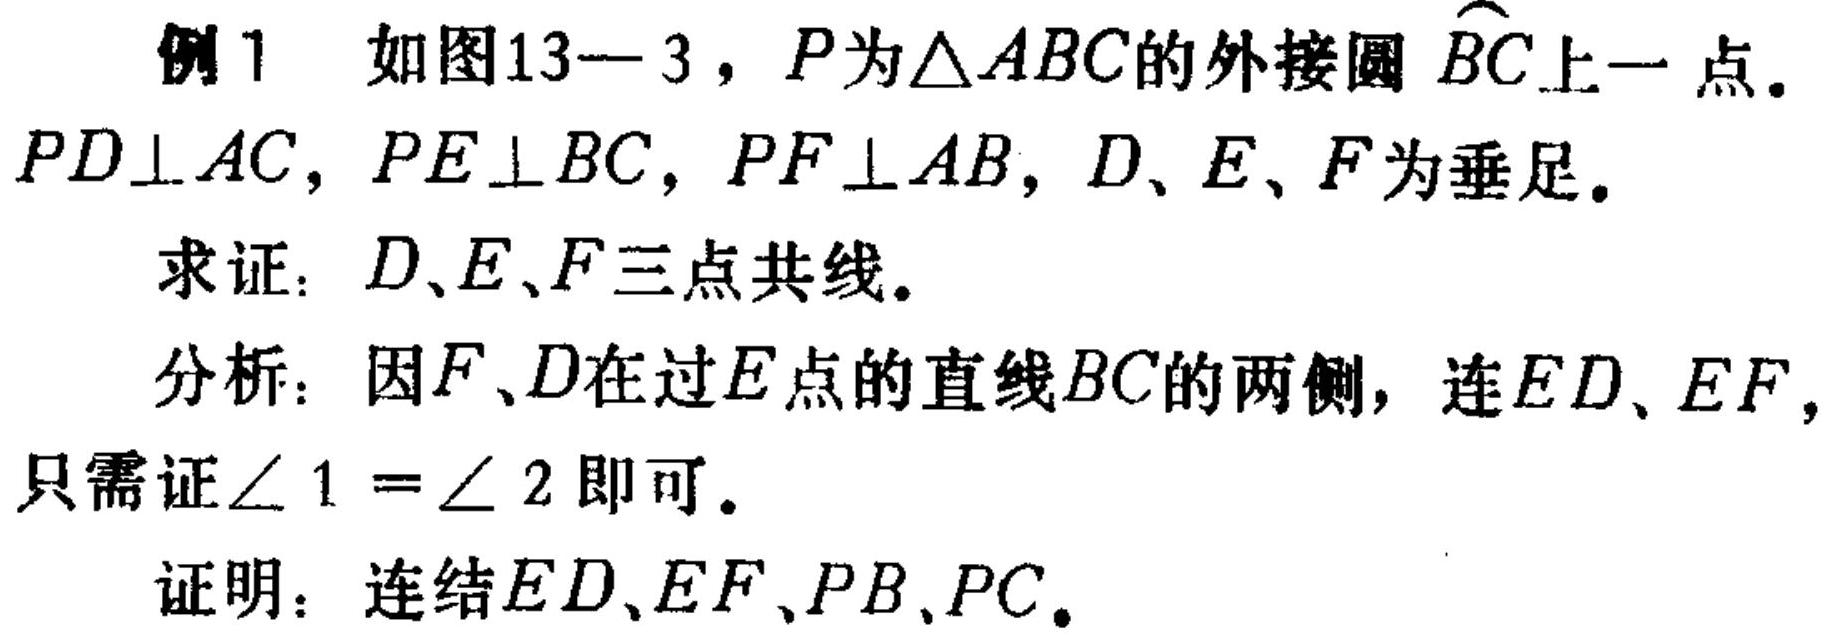
例1 如图13—3，\(P\)为\(\triangle ABC\)的外接圆\(\overset{\frown}{BC}\)上一点。\(PD\perp AC\)，\(PE\perp BC\)，\(PF\perp AB\)，\(D\)、\(E\)、\(F\)为垂足。

求证：\(D\)、\(E\)、\(F\)三点共线。

分析：因\(F\)、\(D\)在过\(E\)点的直线\(BC\)的两侧，连\(ED\)、\(EF\)，只需证\(\angle 1 = \angle 2\)即可。

证明：连结\(ED\)、\(EF\)、\(PB\)、\(PC\)。